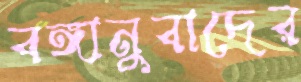
বঙ্গানুবাদের